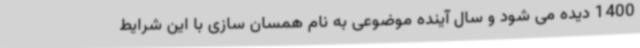
1400 دیده می شود و سال آینده موضوعی به نام همسان سازی با این شرایط